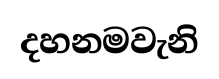
දහනමවැනි